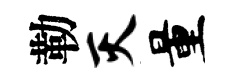
勒灭量